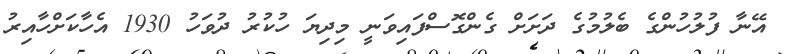
އޭނާ ފުލުހުންގެ ބެލުމުގެ ދަށަށް ގެންގޮސްފައިވަނީ މިދިޔަ ހުކުރު ދުވަހު 1930 އެހާކަށްހާއިރު